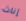
إناث